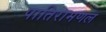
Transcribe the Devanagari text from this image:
पातिरामणल